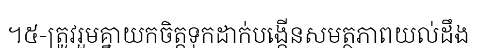
។៥-ត្រូវរួមគ្នាយកចិត្តទុកដាក់បង្កើនសមត្ថភាពយល់ដឹង